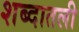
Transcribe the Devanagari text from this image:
शब्दातली